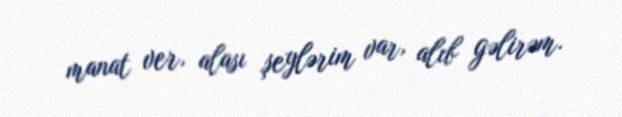
manat ver, alası şeylərim var, alıb gəlirəm.